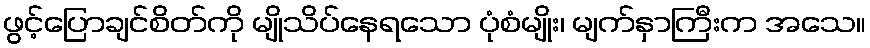
ဖွင့်ပြောချင်စိတ်ကို မျိုသိပ်နေရသော ပုံစံမျိုး၊ မျက်နှာကြီးက အသေ။